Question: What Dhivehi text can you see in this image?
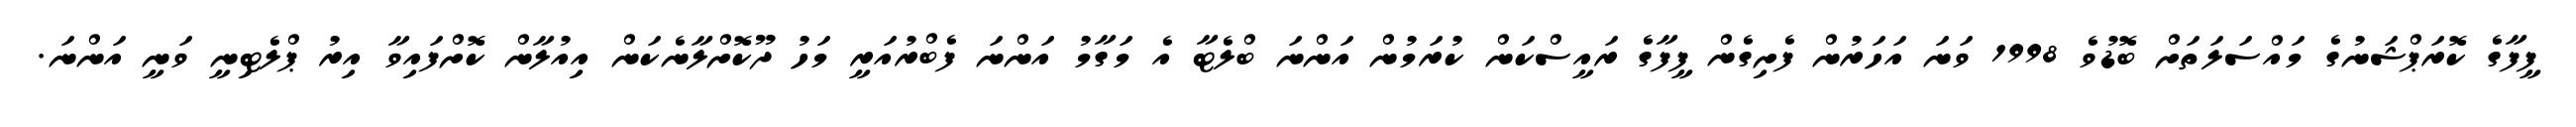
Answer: ފީފާގެ ކޮރަޕްޝަނުގެ މައްސަލަތަށް ބޮޑުވެ 1998 ވަނަ އަހަރުން ފެށިގެން ފީފާގެ ރައީސްކަން ކުރަމުން އަންނަ ބްލެޓާ އެ މަގާމު އަންނަ ފެބްރުއަރީ މަހު ދޫކޮށްލާނެކަން އިއުލާން ކޮށްފައިވާ އިރު ޕްލެޓިނީ ވަނީ އަންނަ.